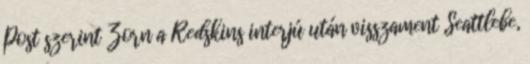
Post szerint Zorn a Redskins interjú után visszament Seattlebe,